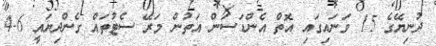
ދުނިޔޭގެ 15 ވަނައިގައި އޮތް އެންޑަސަން އަތުން މަރޭ ސެޓުތައް ގެންދިޔައީ 6-4